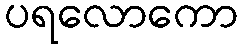
ပရလောကော